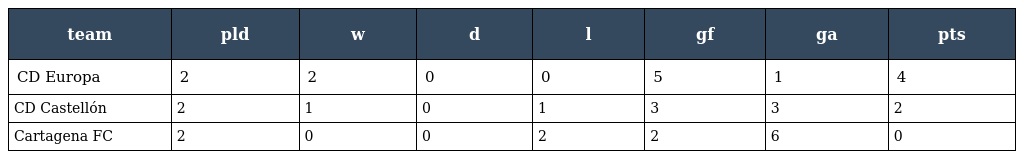
| team | pld | w | d | l | gf | ga | pts |
 | --- | --- | --- | --- | --- | --- | --- | --- |
 | CD Europa | 2 | 2 | 0 | 0 | 5 | 1 | 4 |
 | CD Castellón | 2 | 1 | 0 | 1 | 3 | 3 | 2 |
 | Cartagena FC | 2 | 0 | 0 | 2 | 2 | 6 | 0 |